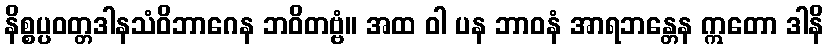
နိစ္စပ္ပဝတ္တဒါနသံဝိဘာဂေန ဘဝိတဗ္ဗံ။ အထ ဝါ ပန ဘာဝနံ အာရဘန္တေန ဣတော ဒါနိ